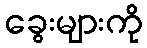
ခွေးများကို